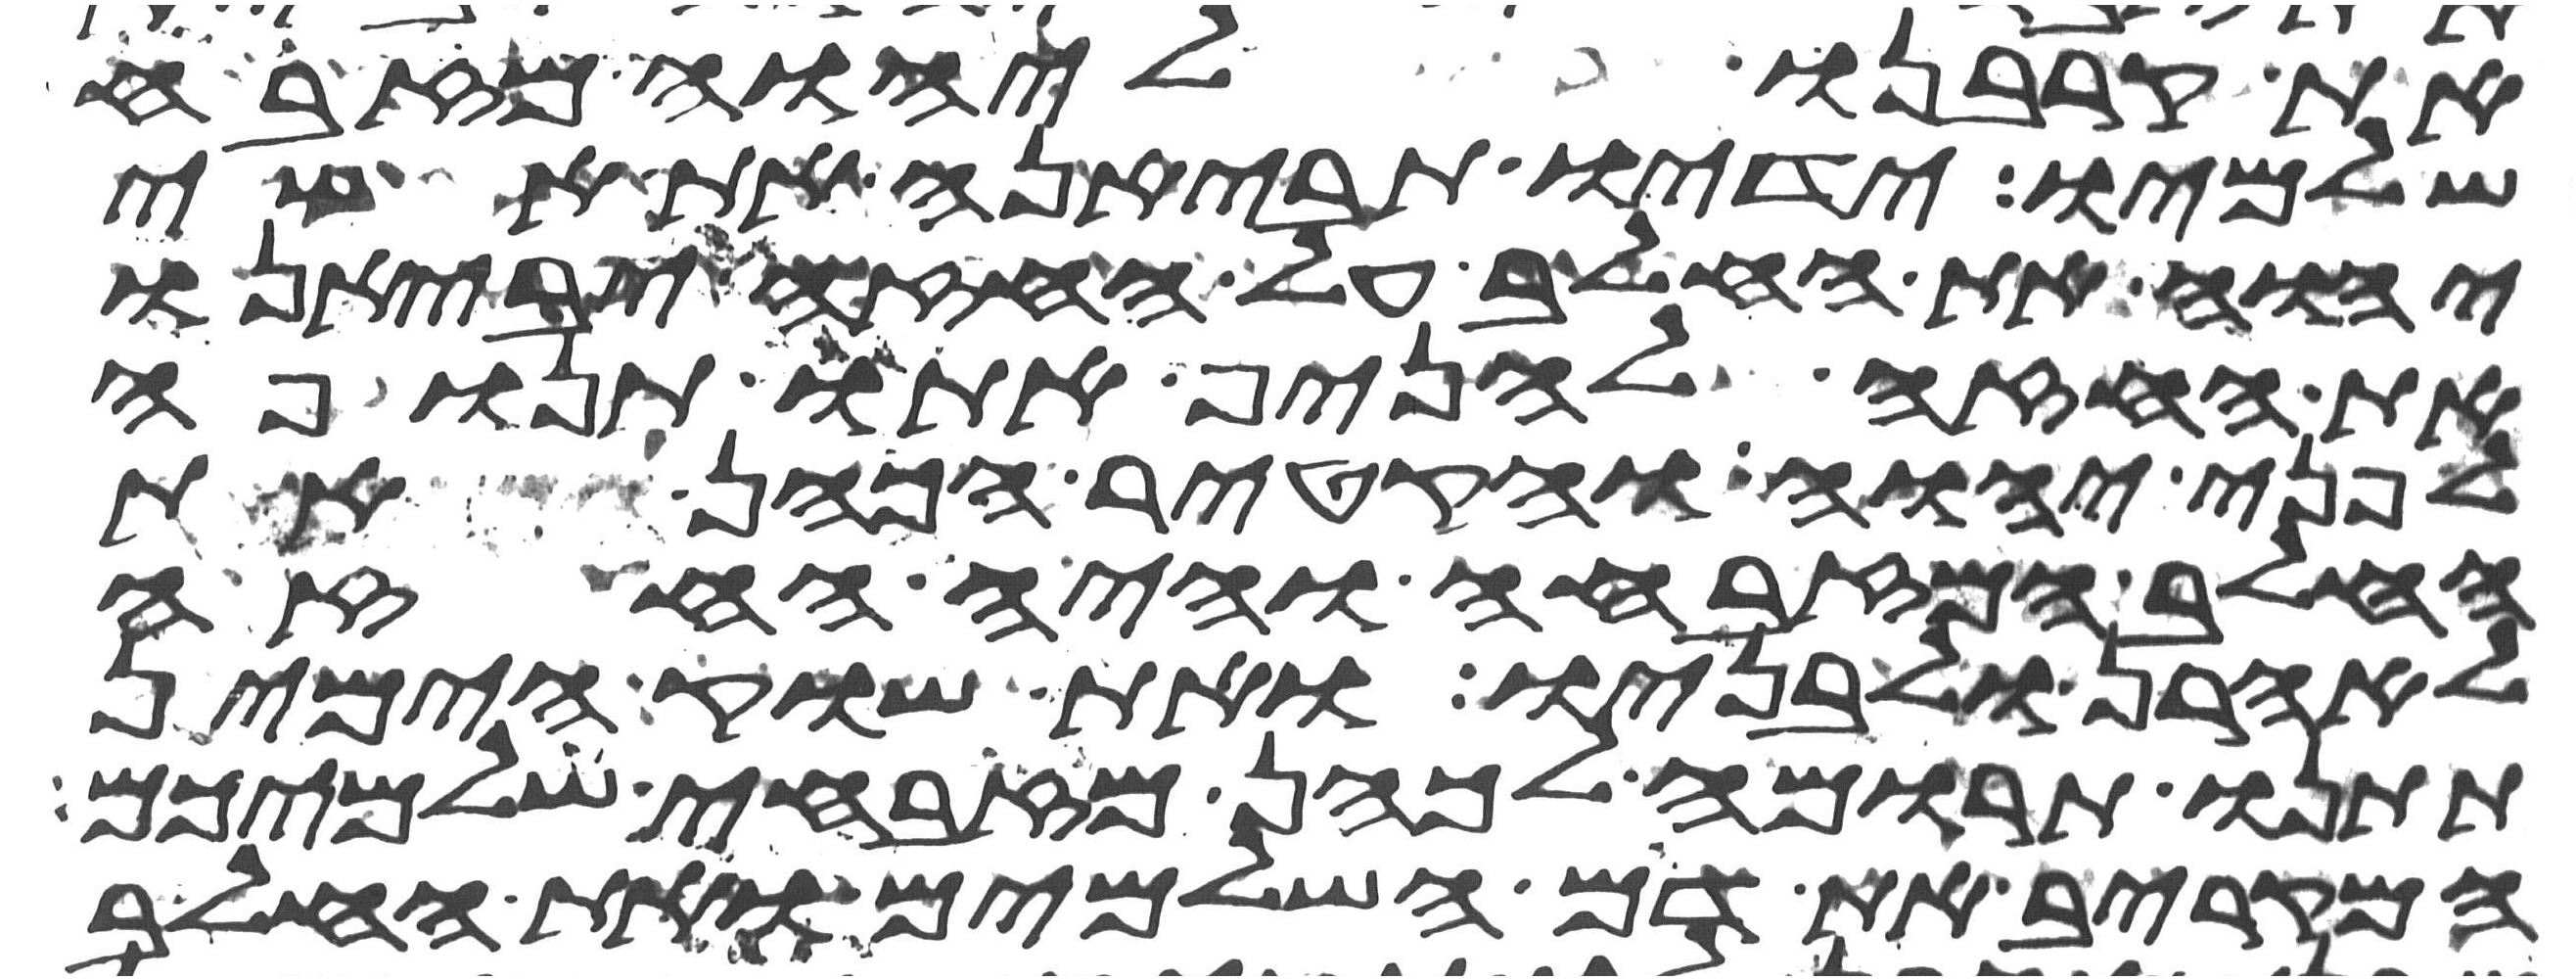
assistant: את קרבנו ליהוה מזבח
שלמיו ידיו תביאנה את אשי
יהוה את החלב על החזה יביאנו
את החזה להניף אתו תנופה
לפני יהוה והקטיר הכהן את
החלב המזבחה והיה החזה
לאהרן ולבניו ואת שוק הימין
תתנו תרומה לכהן מזבחי שלמיכם
המקריב את דם השלמים ואת החלב